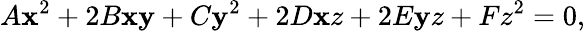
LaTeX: A\mathbf{x}^{2}+2B\mathbf{x}\mathbf{y}+C\mathbf{y}^{2}+2D\mathbf{x}z+2E\mathbf{y}z+Fz^{2}=0,